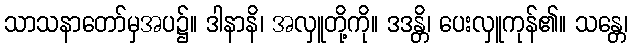
သာသနာတော်မှအပ၌။ ဒါနာနိ၊ အလှူတို့ကို။ ဒဒန္တိ၊ ပေးလှူကုန်၏။ သန္တေ၊